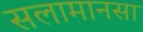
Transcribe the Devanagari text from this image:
सलामानसा